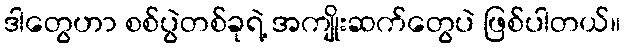
ဒါတွေဟာ စစ်ပွဲတစ်ခုရဲ့ အကျိုးဆက်တွေပဲ ဖြစ်ပါတယ်။